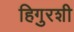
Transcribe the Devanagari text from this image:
हिगुरशी